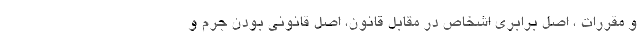
و مقررات ، اصل برابری اشخاص در مقابل قانون، اصل قانونی بودن جرم و